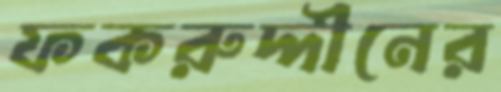
ফকরুদ্দীনের